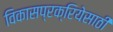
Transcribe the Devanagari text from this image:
विकासप्रक्रियेसाठी